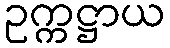
ဥက္ကဋ္ဌာယ